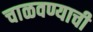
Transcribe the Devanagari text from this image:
चाळवण्याची